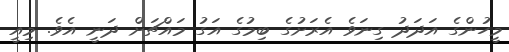
މީހުންގެ އަދަދު ގިނަވެ އެރަށުގެ ބިމުގެ އަގު މައްޗަށް ދަނީ އެވެ. މިއީ